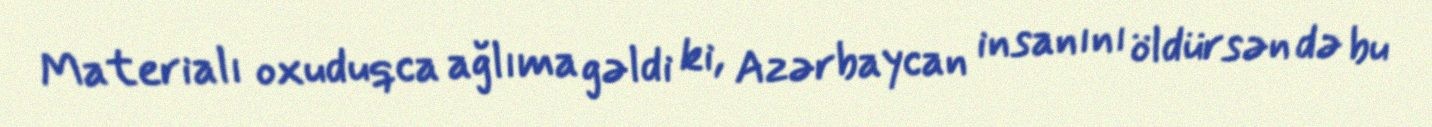
Materialı oxuduqca ağlıma gəldi ki, Azərbaycan insanını öldürsən də bu